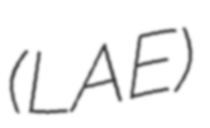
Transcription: (LAE)